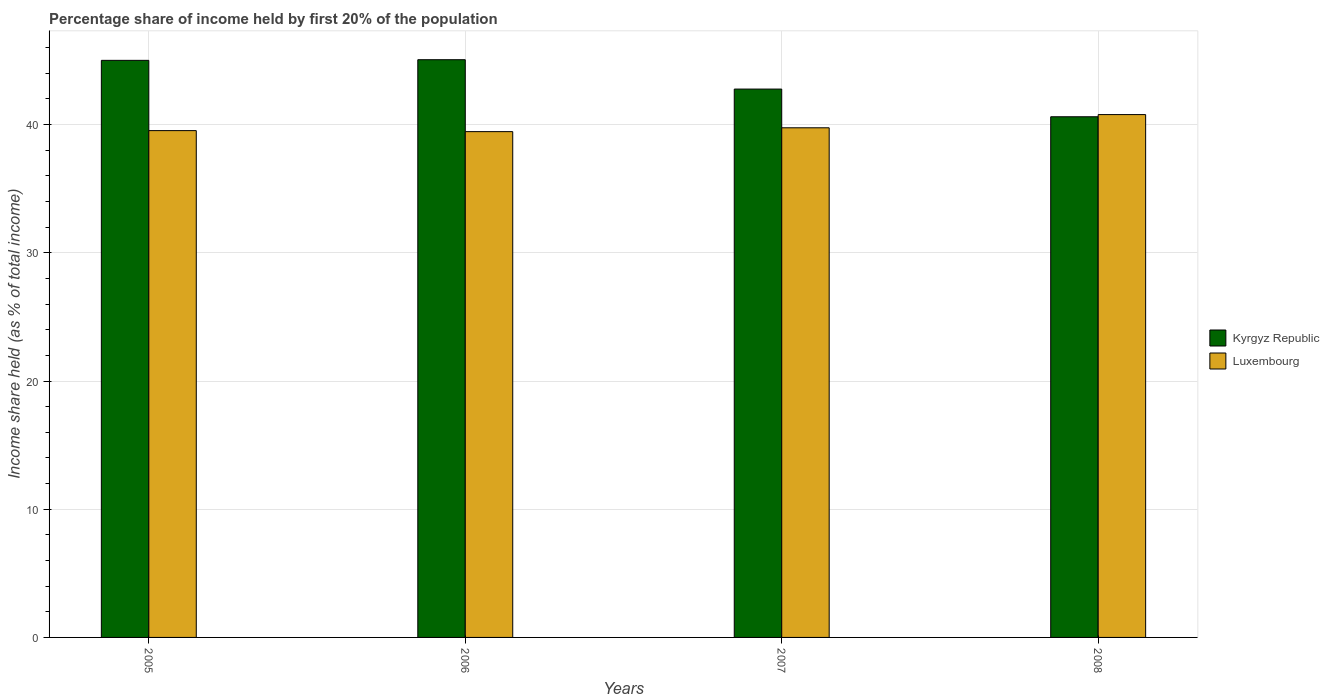
| Years | Kyrgyz Republic | Luxembourg |
 | --- | --- | --- |
 | 2005 | 45 | 39.5 |
 | 2006 | 45.1 | 39.5 |
 | 2007 | 42.8 | 39.8 |
 | 2008 | 40.6 | 40.8 |